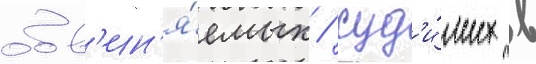
обв'ин'я́емых / суд'и́мых в